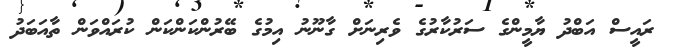
ރައީސް އަބްދު ޔާމީންގެ ސަރުކާރުގެ ވެރިނަށް ގާނޫނު އިމުގެ ބޭރުންކަންކަން ކުރައްވަން ތާއަބަދު